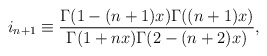
\begin{align*}i_{n+1}\equiv \frac{\Gamma(1-(n+1)x)\Gamma((n+1)x)} {\Gamma(1+nx)\Gamma(2-(n+2)x)},\end{align*}